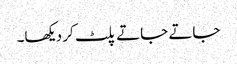
جاتے جاتے پلٹ کر دیکھا۔